Vaccination North-Western Provinces and Oudh 1878-1895 - 1878-1895
Year: 1878
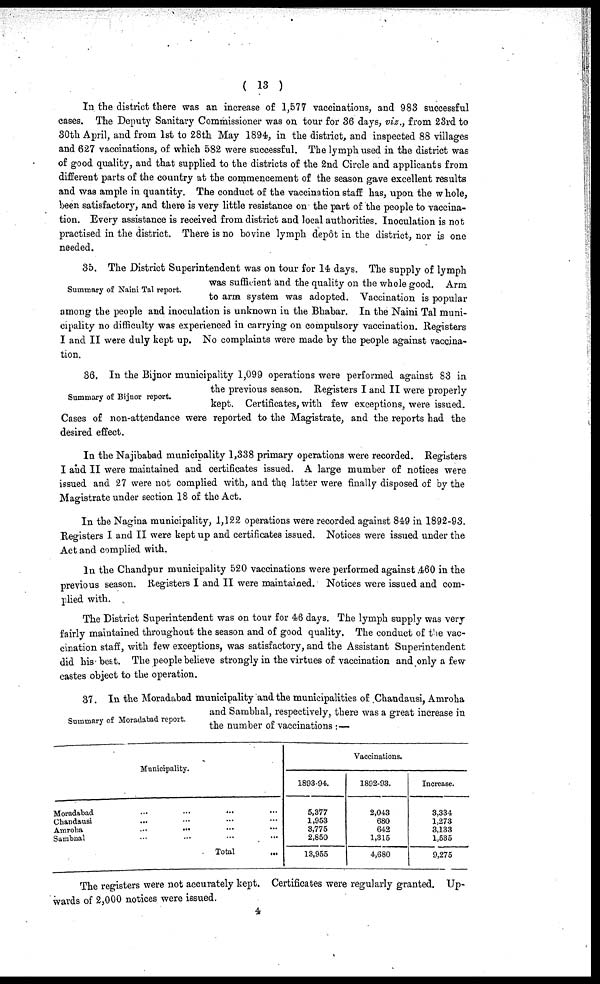
( 13 )
In the district there was an increase of 1,577 vaccinations, and 983 successful
cases. The Deputy Sanitary Commissioner was on tour for 36 days, viz., from 23rd to
30th April, and from 1st to 28th May 1894, in the district, and inspected 88 villages
and 627 vaccinations, of which 582 were successful. The lymph used in the district was
of good quality, and that supplied to the districts of the 2nd Circle and applicants from
different parts of the country at the commencement of the season gave excellent results
and was ample in quantity. The conduct of the vaccination staff has, upon the whole,
been satisfactory, and there is very little resistance on the part of the people to vaccina-
tion. Every assistance is received from district and local authorities. Inoculation is not
practised in the district. There is no bovine lymph depôt in the district, nor is one
needed.
Summary of Naini Tal report.
35. The District Superintendent was on tour for 14 days. The supply of lymph
was sufficient and the quality on the whole good. Arm
to arm system was adopted. Vaccination is popular
among the people and inoculation is unknown in the Bhabar. In the Naini Tal muni-
cipality no difficulty was experienced in carrying on compulsory vaccination. Registers
I and II were duly kept up. No complaints were made by the people against vaccina-
tion.
Summary of Bijnor report.
36. In the Bijnor municipality 1,099 operations were performed against 83 in
the previous season. Registers I and II were properly
kept. Certificates, with few exceptions, were issued.
Cases of non-attendance were reported to the Magistrate, and the reports had the
desired effect.
In the Najibabad municipality 1,338 primary operations were recorded. Registers
I and II were maintained and certificates issued. A large mumber of notices were
issued and 27 were not complied with, and the latter were finally disposed of by the
Magistrate under section 18 of the Act.
In the Nagina municipality, 1,122 operations were recorded against 849 in 1892-93.
Registers I and II were kept up and certificates issued. Notices were issued under the
Act and complied with.
In the Chandpur municipality 520 vaccinations were performed against 460 in the
previous season. Registers I and II were maintained. Notices were issued and com-
plied with.
The District Superintendent was on tour for 46 days. The lymph supply was very
fairly maintained throughout the season and of good quality. The conduct of the vac-
cination staff, with few exceptions, was satisfactory, and the Assistant Superintendent
did his best. The people believe strongly in the virtues of vaccination and only a few
castes object to the operation.
Summary of Moradabad report.
37. In the Moradabad municipality and the municipalities of Chandausi, Amroha
and Sambhal, respectively, there was a great increase in
the number of vaccinations :—
Moradabad
Chandausi
Amroha
Sambnal
Municipality.
... ... ...
... ... ...
... ... ...
...
...
...
Total ...
1893-94.
5,377
1,953
3,775
2,850
13,955
Vaccinations.
1892-93.
2,043
680
642
1,315
4,680
Increase.
3,334
1,273
3,133
1,535
9,275
The registers were not accurately kept. Certificates were regularly granted. Up-
wards of 2,000 notices were issued.
4